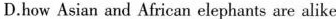
D.how Asian and African elephants are alike